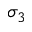
\sigma _ { 3 }